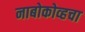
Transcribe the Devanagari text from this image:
नाबोकोव्हचा